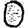
Digit: 0